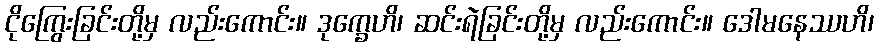
ငိုကြွေးခြင်းတို့မှ လည်းကောင်း။ ဒုက္ခေဟိ၊ ဆင်းရဲခြင်းတို့မှ လည်းကောင်း။ ဒေါမနေဿဟိ၊